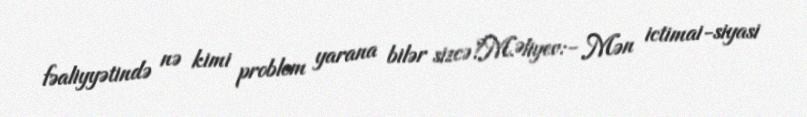
fəaliyyətində nə kimi problem yarana bilər sizcə?M.Əliyev:- Mən ictimai-siyasi